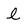
Character: l